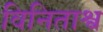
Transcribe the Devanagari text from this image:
विनिताश्व